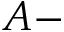
A -